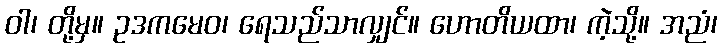
ဝါ၊ တို့မှ။ ဥဒကမေဝ၊ ရေသည်သာလျှင်။ ဟောတိယထာ၊ ကဲ့သို့။ အညံ၊